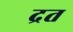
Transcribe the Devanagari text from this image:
द्रत